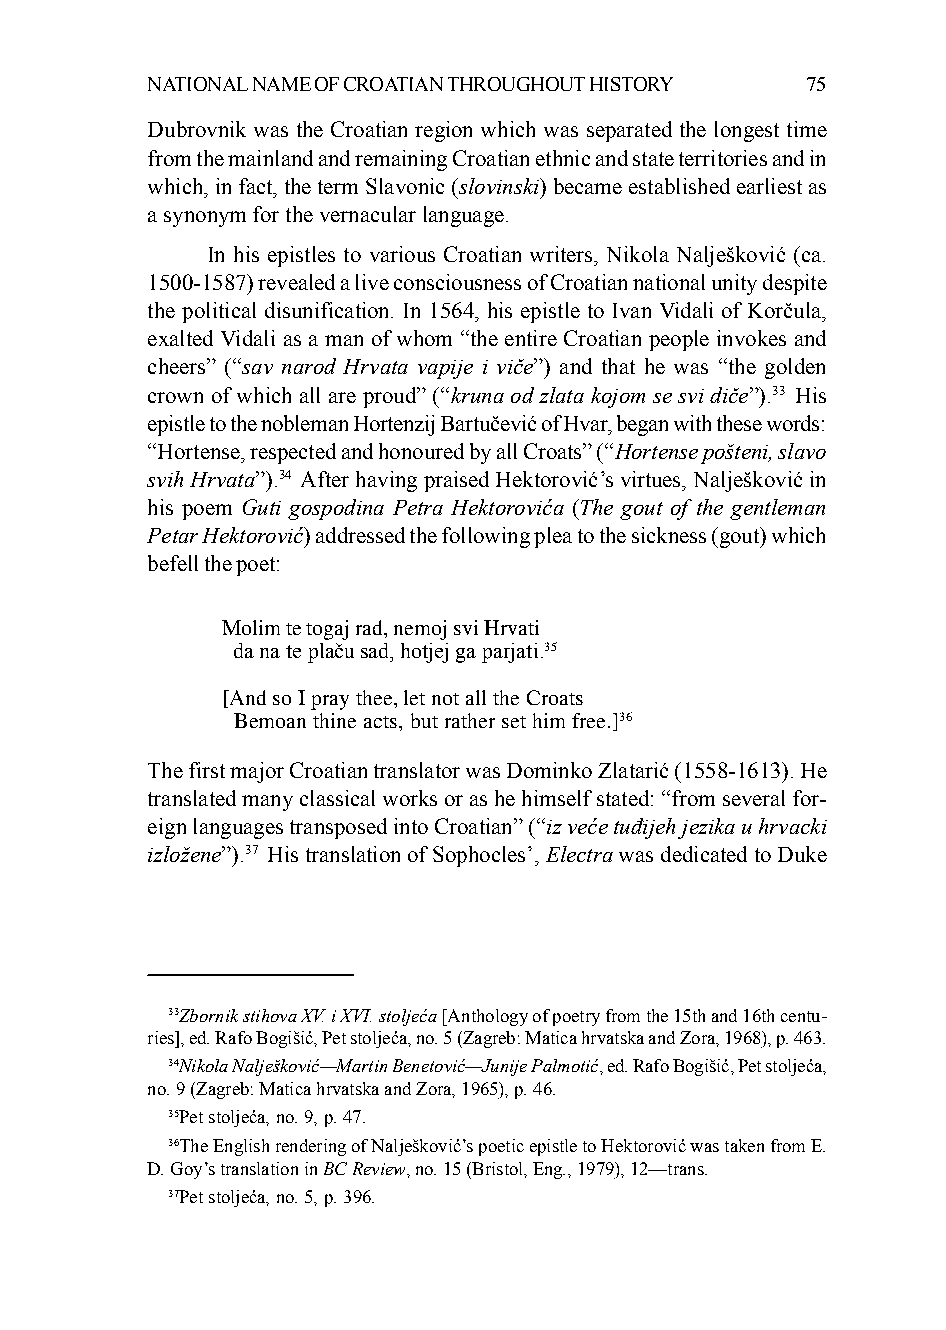
NATIONAL NAME OF CROATIAN THROUGHOUT HISTORY 75
 Dubrovnik was the Croatian region which was separated the longest time
 from the mainland and remaining Croatian ethnic and state territories and in
 which, in fact, the term Slavonic (slovinski) became established earliest as
 a synonym for the vernacular language.
 In his epistles to various Croatian writers, Nikola Nalješković (ca.
 1500-1587) revealed a live consciousness of Croatian national unity despite
 the political disunification. In 1564, his epistle to Ivan Vidali of Korčula,
 exalted Vidali as a man of whom “the entire Croatian people invokes and
 cheers” (“sav narod Hrvata vapije i viče”) and that he was “the golden
 crown of which all are proud” (“kruna od zlata kojom se svi diče”).33 His
 epistle to the nobleman Hortenzij Bartučević of Hvar, began with these words:
 “Hortense, respected and honoured by all Croats” (“Hortense pošteni, slavo
 svih Hrvata”).34 After having praised Hektorović’s virtues, Nalješković in
 his poem Guti gospodina Petra Hektorovića (The gout of the gentleman
 Petar Hektorović) addressed the following plea to the sickness (gout) which
 befell the poet:
 Molim te togaj rad, nemoj svi Hrvati
 da na te plaču sad, hotjej ga parjati.35
 [And so I pray thee, let not all the Croats
 Bemoan thine acts, but rather set him free.]36
 The first major Croatian translator was Dominko Zlatarić (1558-1613). He
 translated many classical works or as he himself stated: “from several for-
 eign languages transposed into Croatian” (“iz veće tuđijeh jezika u hrvacki
 izložene”).37 His translation of Sophocles’, Electra was dedicated to Duke
 33Zbornik stihova XV. i XVI. stoljeća [Anthology of poetry from the 15th and 16th centu-
 ries], ed. Rafo Bogišić, Pet stoljeća, no. 5 (Zagreb: Matica hrvatska and Zora, 1968), p. 463.
 34Nikola Nalješković—Martin Benetović—Junije Palmotić, ed. Rafo Bogišić, Pet stoljeća,
 no. 9 (Zagreb: Matica hrvatska and Zora, 1965), p. 46.
 35Pet stoljeća, no. 9, p. 47.
 36The English rendering of Nalješković’s poetic epistle to Hektorović was taken from E.
 D. Goy’s translation in BC Review, no. 15 (Bristol, Eng., 1979), 12—trans.
 37Pet stoljeća, no. 5, p. 396.